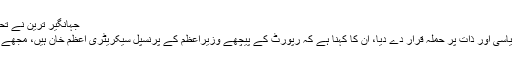
جہانگیر ترین نے تحقیقاتی رپورٹ کو سیاسی اور ذات پر حملہ قرار دے دیا
دوسری جانب جہانگیر ترین نے تحقیقاتی رپورٹ کو سیاسی اور ذات پر حملہ قرار دے دیا، ان کا کہنا ہے کہ رپورٹ کے پیچھے وزیراعظم کے پرنسپل سیکریٹری اعظم خان ہیں، مجھے ٹارگٹ بنانے کے لیے نامکمل رپورٹ جاری کی گئی۔